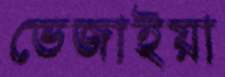
ভেজাইয়া